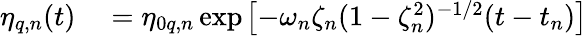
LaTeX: \begin{array}{rl}{\eta_{q,n}(t)}&{{}=\eta_{0q,n}\exp\! \; \! \left[{-\omega_{n}\zeta_{n}(1-\zeta_{n}^{2})^{-1/2}(t-t_{n})}\right]}\end{array}